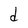
Character: d